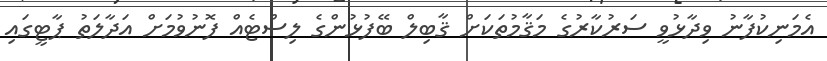
އެމަނިކުފާނު ވިދާޅުވީ ސަރުކާރުގެ މަޤާމުތަކަށް ޤާބިލް ބޭފުޅުންގެ ލިސްޓެއް ފޮނުވުމަށް އަދާލަތު ޕާޓީގައި